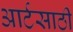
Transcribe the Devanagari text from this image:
आर्टसाठी